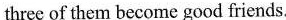
three of them become good friends.